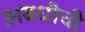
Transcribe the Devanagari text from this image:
अवधीची